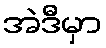
အဲဒီမှာ